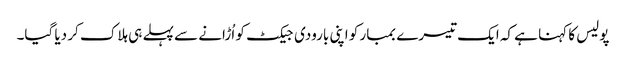
پولیس کا کہنا ہے کہ ایک تیسرے بمبار کو اپنی بارودی جیکٹ کو اُڑانے سے پہلے ہی ہلاک کر دیا گیا۔